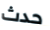
حدث